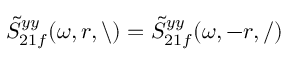
\tilde { S } _ { 2 1 f } ^ { y y } ( \omega , r , \backslash ) = \tilde { S } _ { 2 1 f } ^ { y y } ( \omega , - r , / )